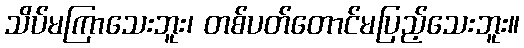
သိပ်မကြာသေးဘူး၊ တစ်ပတ်တောင်မပြည့်သေးဘူး။